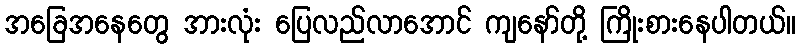
အခြေအနေတွေ အားလုံး ပြေလည်လာအောင် ကျနော်တို့ ကြိုးစားနေပါတယ်။